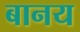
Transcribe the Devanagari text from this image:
बानय